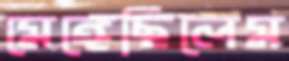
মেঙ্গেছিলেম